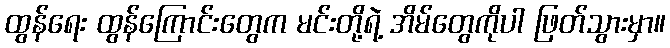
ထွန်ရေး ထွန်ကြောင်းတွေက မင်းတို့ရဲ့ အိမ်တွေကိုပါ ဖြတ်သွားမှာ။